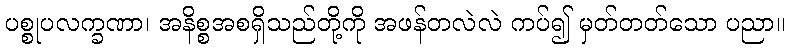
ပစ္စုပလက္ခဏာ၊ အနိစ္စအစရှိသည်တို့ကို အဖန်တလဲလဲ ကပ်၍ မှတ်တတ်သော ပညာ။